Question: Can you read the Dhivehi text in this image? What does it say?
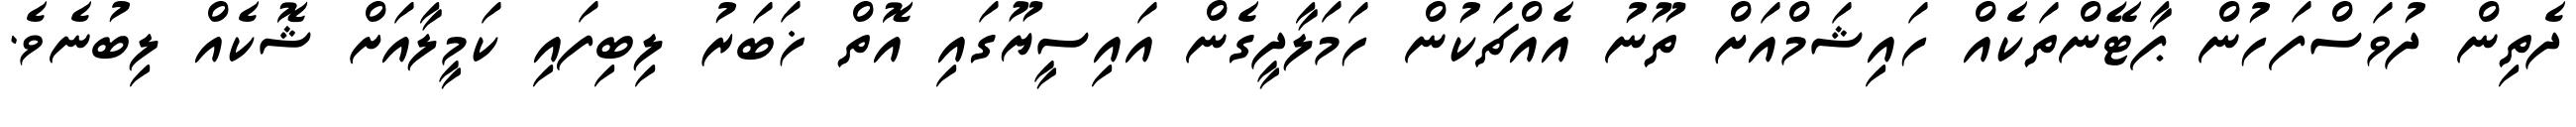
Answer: ދެތިން ދުވަސްފަހުން ޕާޓޭންތަކެއް ހައިޝަމްއަށް ތޫނު އެއްޗަކުން ހަމަލާދީގެން އައިސީޔޫގައި އޮތް ޚަބަރު ލިބިފައި ކަމީލާއަށް ޝޮކެއް ލިބުނެވެ.